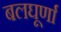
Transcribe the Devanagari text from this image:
बलघूर्णा